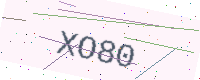
Text: XO80